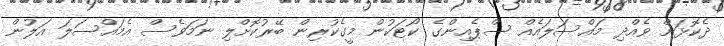
ދެކޮޅަށް ވެއްދި މައްސަލައެއް ސްޕެއިންގެ ކޯޓަކުން މީގެކުރިން ބޭރުކޮށްލި ނަމަވެސް އެމައްސަލަ އަލުން